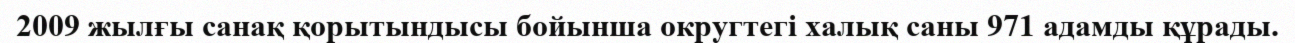
2009 жылғы санақ қорытындысы бойынша округтегі халық саны 971 адамды құрады.